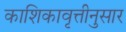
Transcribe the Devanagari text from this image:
काशिकावृत्तीनुसार